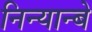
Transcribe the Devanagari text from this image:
निन्यान्बे